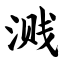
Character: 溅